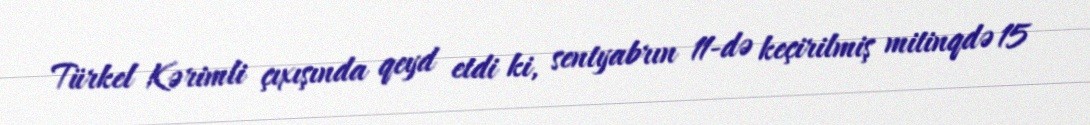
Türkel Kərimli çıxışında qeyd etdi ki, sentyabrın 11-də keçirilmiş mitinqdə 15